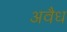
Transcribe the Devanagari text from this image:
अवैध